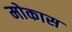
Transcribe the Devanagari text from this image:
मोकास